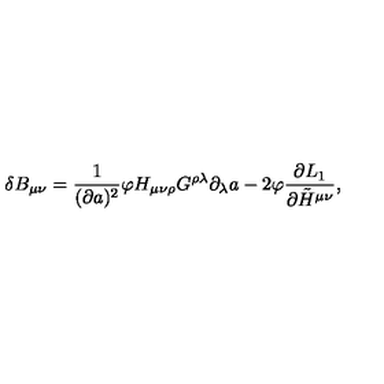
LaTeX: \delta B _ { \mu \nu } = { \frac { 1 } { ( \partial a ) ^ { 2 } } } \varphi H _ { \mu \nu \rho } G ^ { \rho \lambda } \partial _ { \lambda } a - 2 \varphi { \frac { \partial L _ { 1 } } { \partial \tilde { H } ^ { \mu \nu } } } ,